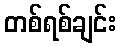
တစ်ရစ်ချင်း